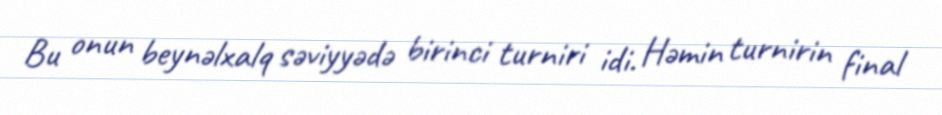
Bu onun beynəlxalq səviyyədə birinci turniri idi. Həmin turnirin final